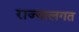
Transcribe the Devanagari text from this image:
राज्यालगत